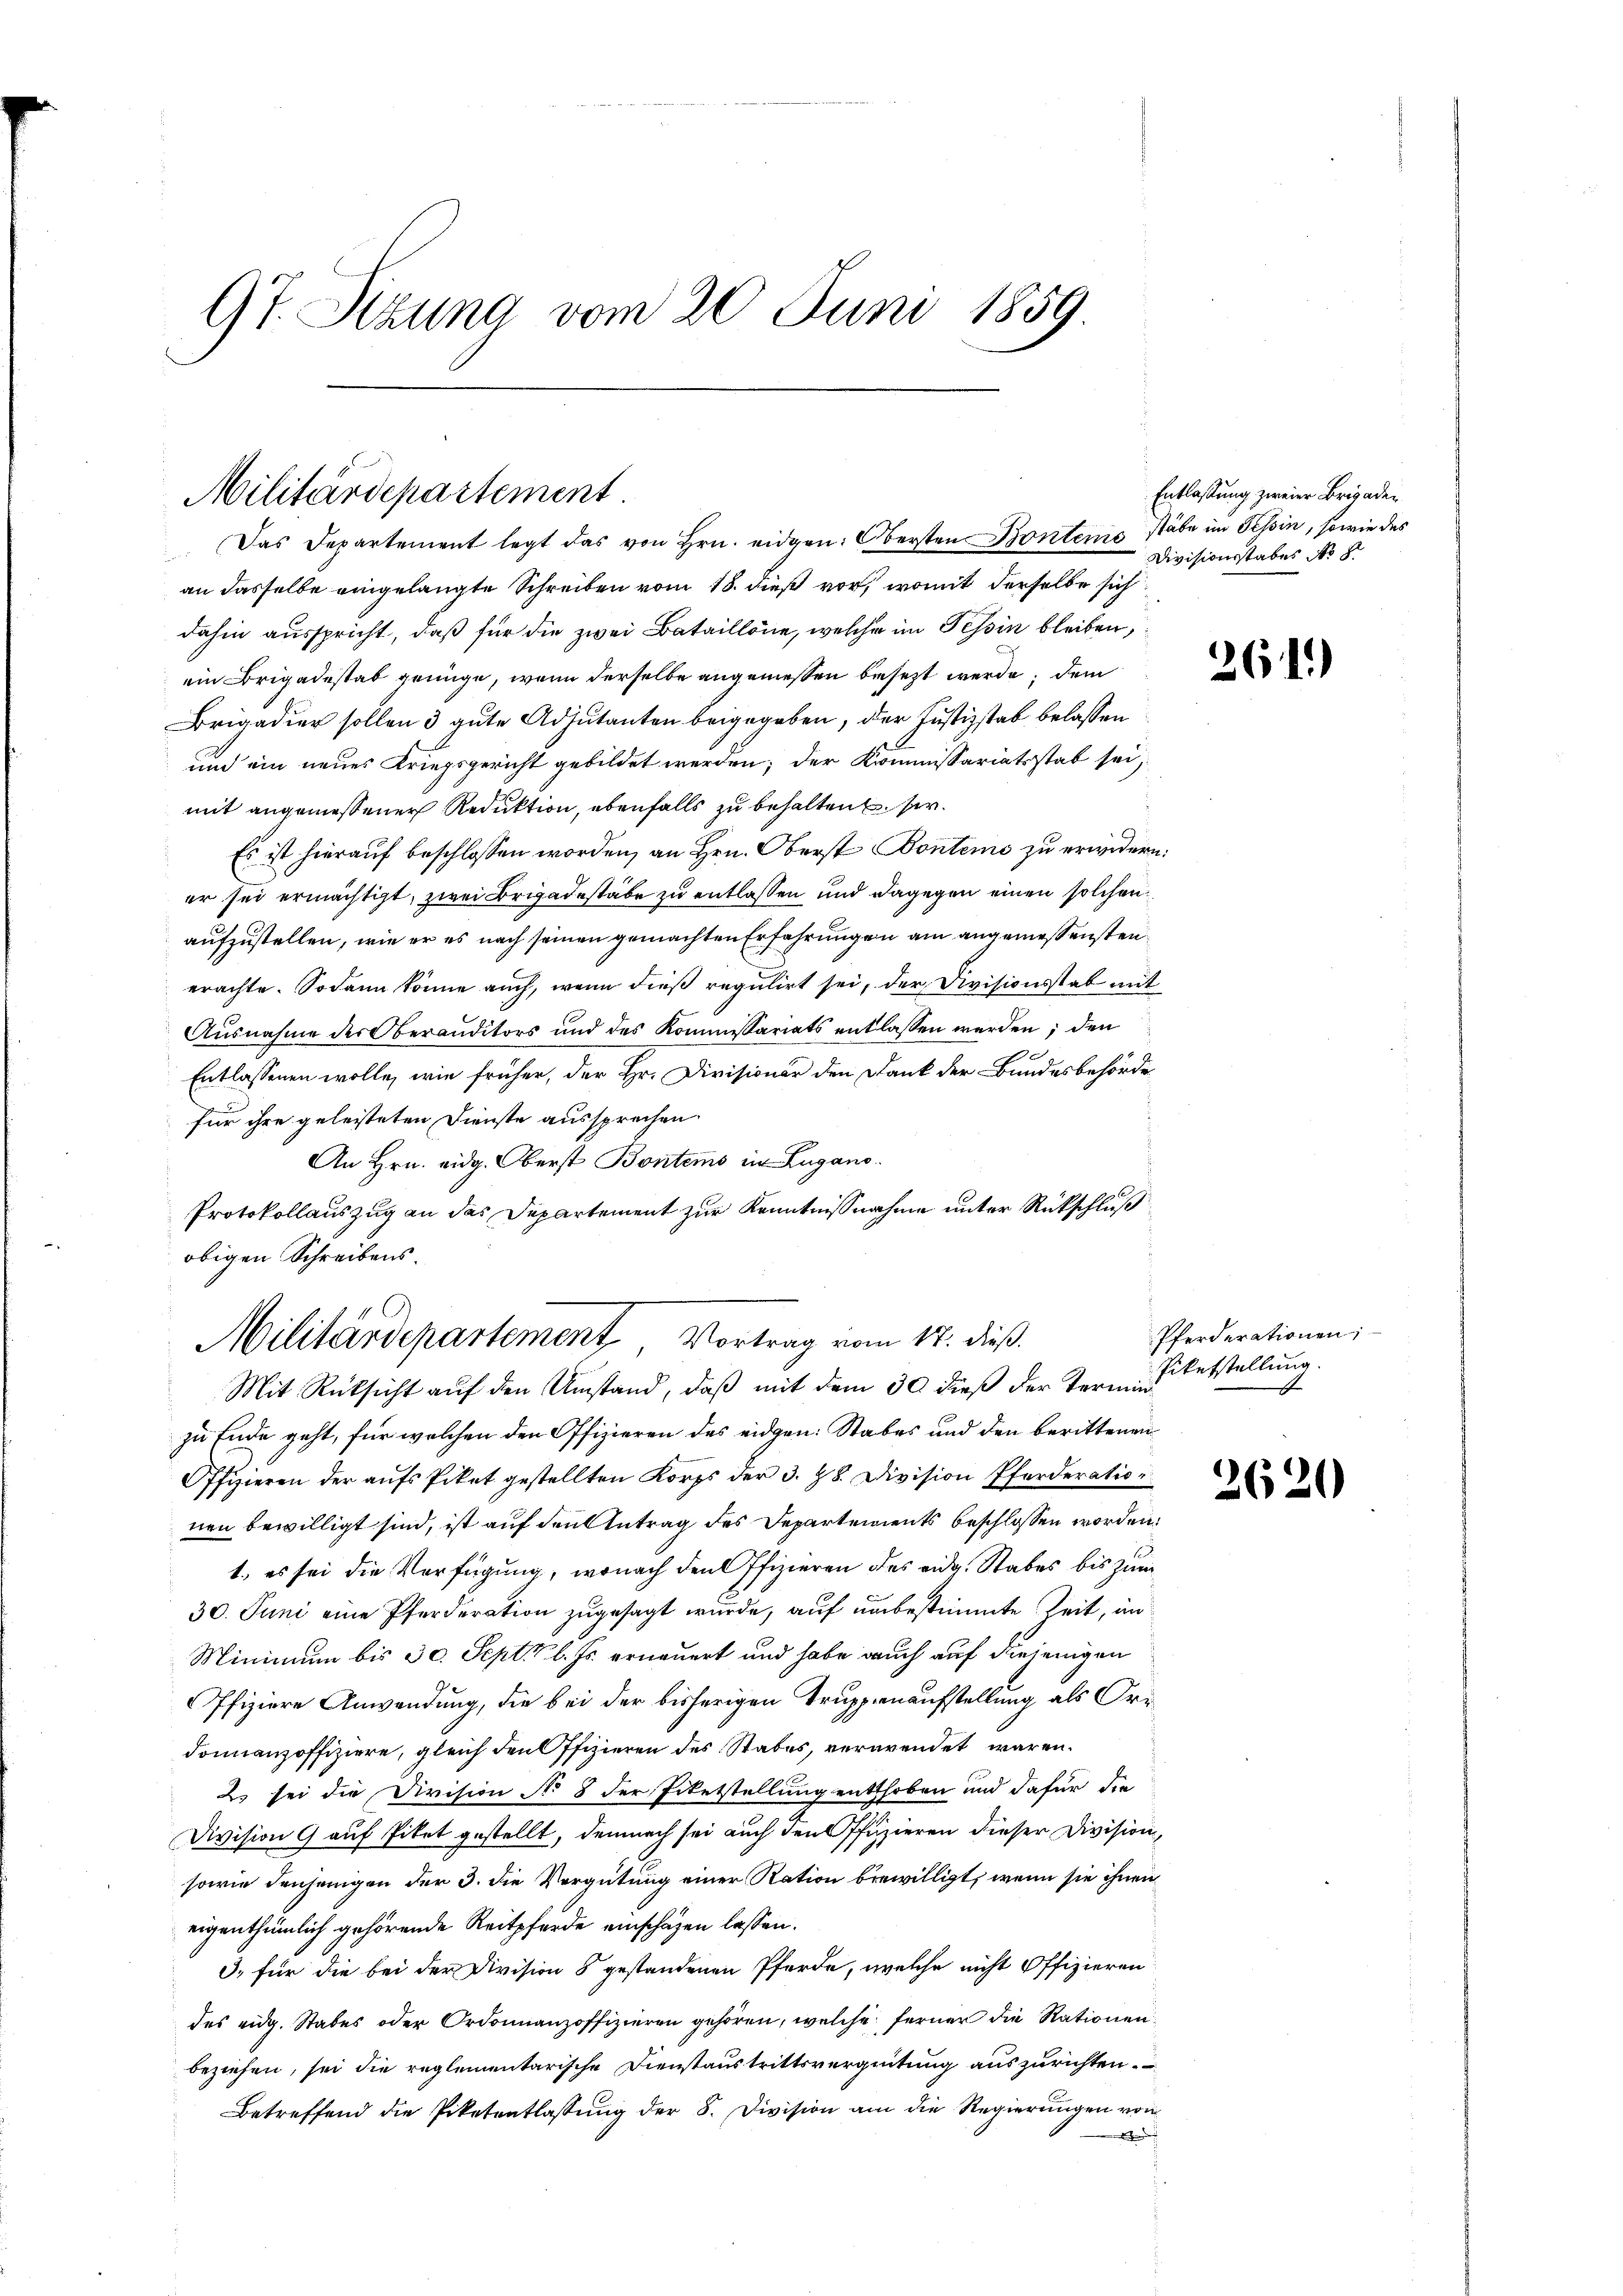
97. Stzung vom 20. Juni 1859.

Militärdepartement
Das Departement legt das von Hrn. eidgen: Obersten Bontens stäbe im Tessin, sowie des

an dasselbe eingelangte Schreiben vom 18. dieß vor, womit derselbe sich
dahin ausspricht, daß für die zwei Bataillone, welche im Tessin bleiben,
ein Brigadestab genüge, wenn derselbe angemessen besezt werde, dem
Brigadier sollen 3 gute Adjutanten beigegeben, der Justizstab belassen
und ein neues Kriegsgericht gebildet werden; der Kommissariatsstat sei,
mit angemessener Reduktion, ebenfalls zu behalten ser.
Es ist hierauf beschlossen worden, an Hrn. Oberst Bontems zu erwidern:
er sei ermächtigt, zwei Brigadestäbe zu entlassen und dagegen einen solchen
aufzustellen, wie er es nach seinen gemachten Erfahrungen am angemessensten
erachte. Sodann könne auch, wenn dies regulirt sei, der Divisionsstab mit
Ausnahme der Oberauditors und des Kommissariats entlassen werden; den
Entlassenen wolle, wie früher, der Hr. Divisionär den Dank der Bundesbehörde
für ihre geleisteten Dienste aussprechen
An Hrn. eidg. Oberst Bontems in Lugano.
Protokollauszug an das Departement zur Kenntnißnahme unter Rückschluß
obigen Schreibens.
Mit Rücksicht auf den Umstand, daß mit dem 30 dieß der Terminzu Ende geht, für welchen den Offizieren des eidgen. Stabes und den berittenen
Offizieren der aŭfs Piket gestellten Korps der 3. 28. Division Pferderation
nen bewilligt sind, ist auf den Antrag des Departements beschlossen worden:
1. es sei die Verfügung, wonach den Offizieren des eidg. Stabes bis zum
30. Juni eine Pferderation zugesagt wurde, auf unbestimmte Zeit, in
Minimum bis 30. Sept. l. Js. erneuert und habe auch auf diejenigen
ffiziere Anwendung, die bei der bisherigen Truppenaufstellung als Ordonnanzoffiziere, gleich den Offizieren des Stabes, verwendet wären.
2. sei die Division No 8 der Eitetstellung entthoben und dafür die
Division 9 auf Pitet gestellt, demnach sei auch den Offizieren dieser Division,
sowie denjenigen der 3. die Vergütung einer Ration bewilligt, wenn sie ihnen
eigenthümlich gehörende Reitpferde einschafen lassen.
3. für die bei der Division 5 gestandenen Pferde, welche nicht Offizieren
des eidg. Stabes oder Ordonnanzoffizieren gehören, welche ferner die Rationen
beziehen, sei die reglementarische Dienstaustrittsverzeitung auszurichten.
Betreffend die Piketentlassŭng der 8. Division am die Regierungen von

Militärdepartement Vortrag vom 12. dieß.

Entlassung zweier Brigaden.
Divisionsstabes No

2611)

Pferderationen;
Piketstellung.

26

)